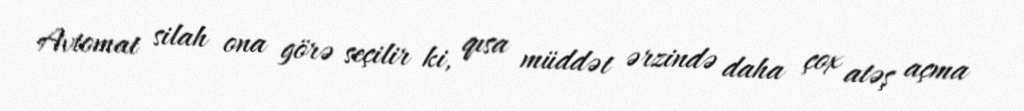
Avtomat silah ona görə seçilir ki, qısa müddət ərzində daha çox atəş açma